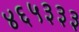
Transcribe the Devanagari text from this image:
४६५३३३